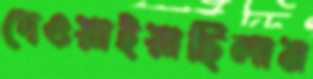
দেওয়াইয়াছিলাম